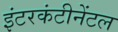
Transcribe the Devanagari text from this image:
इंटरकंटीनेंटल